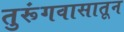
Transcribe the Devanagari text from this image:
तुरूंगवासातून